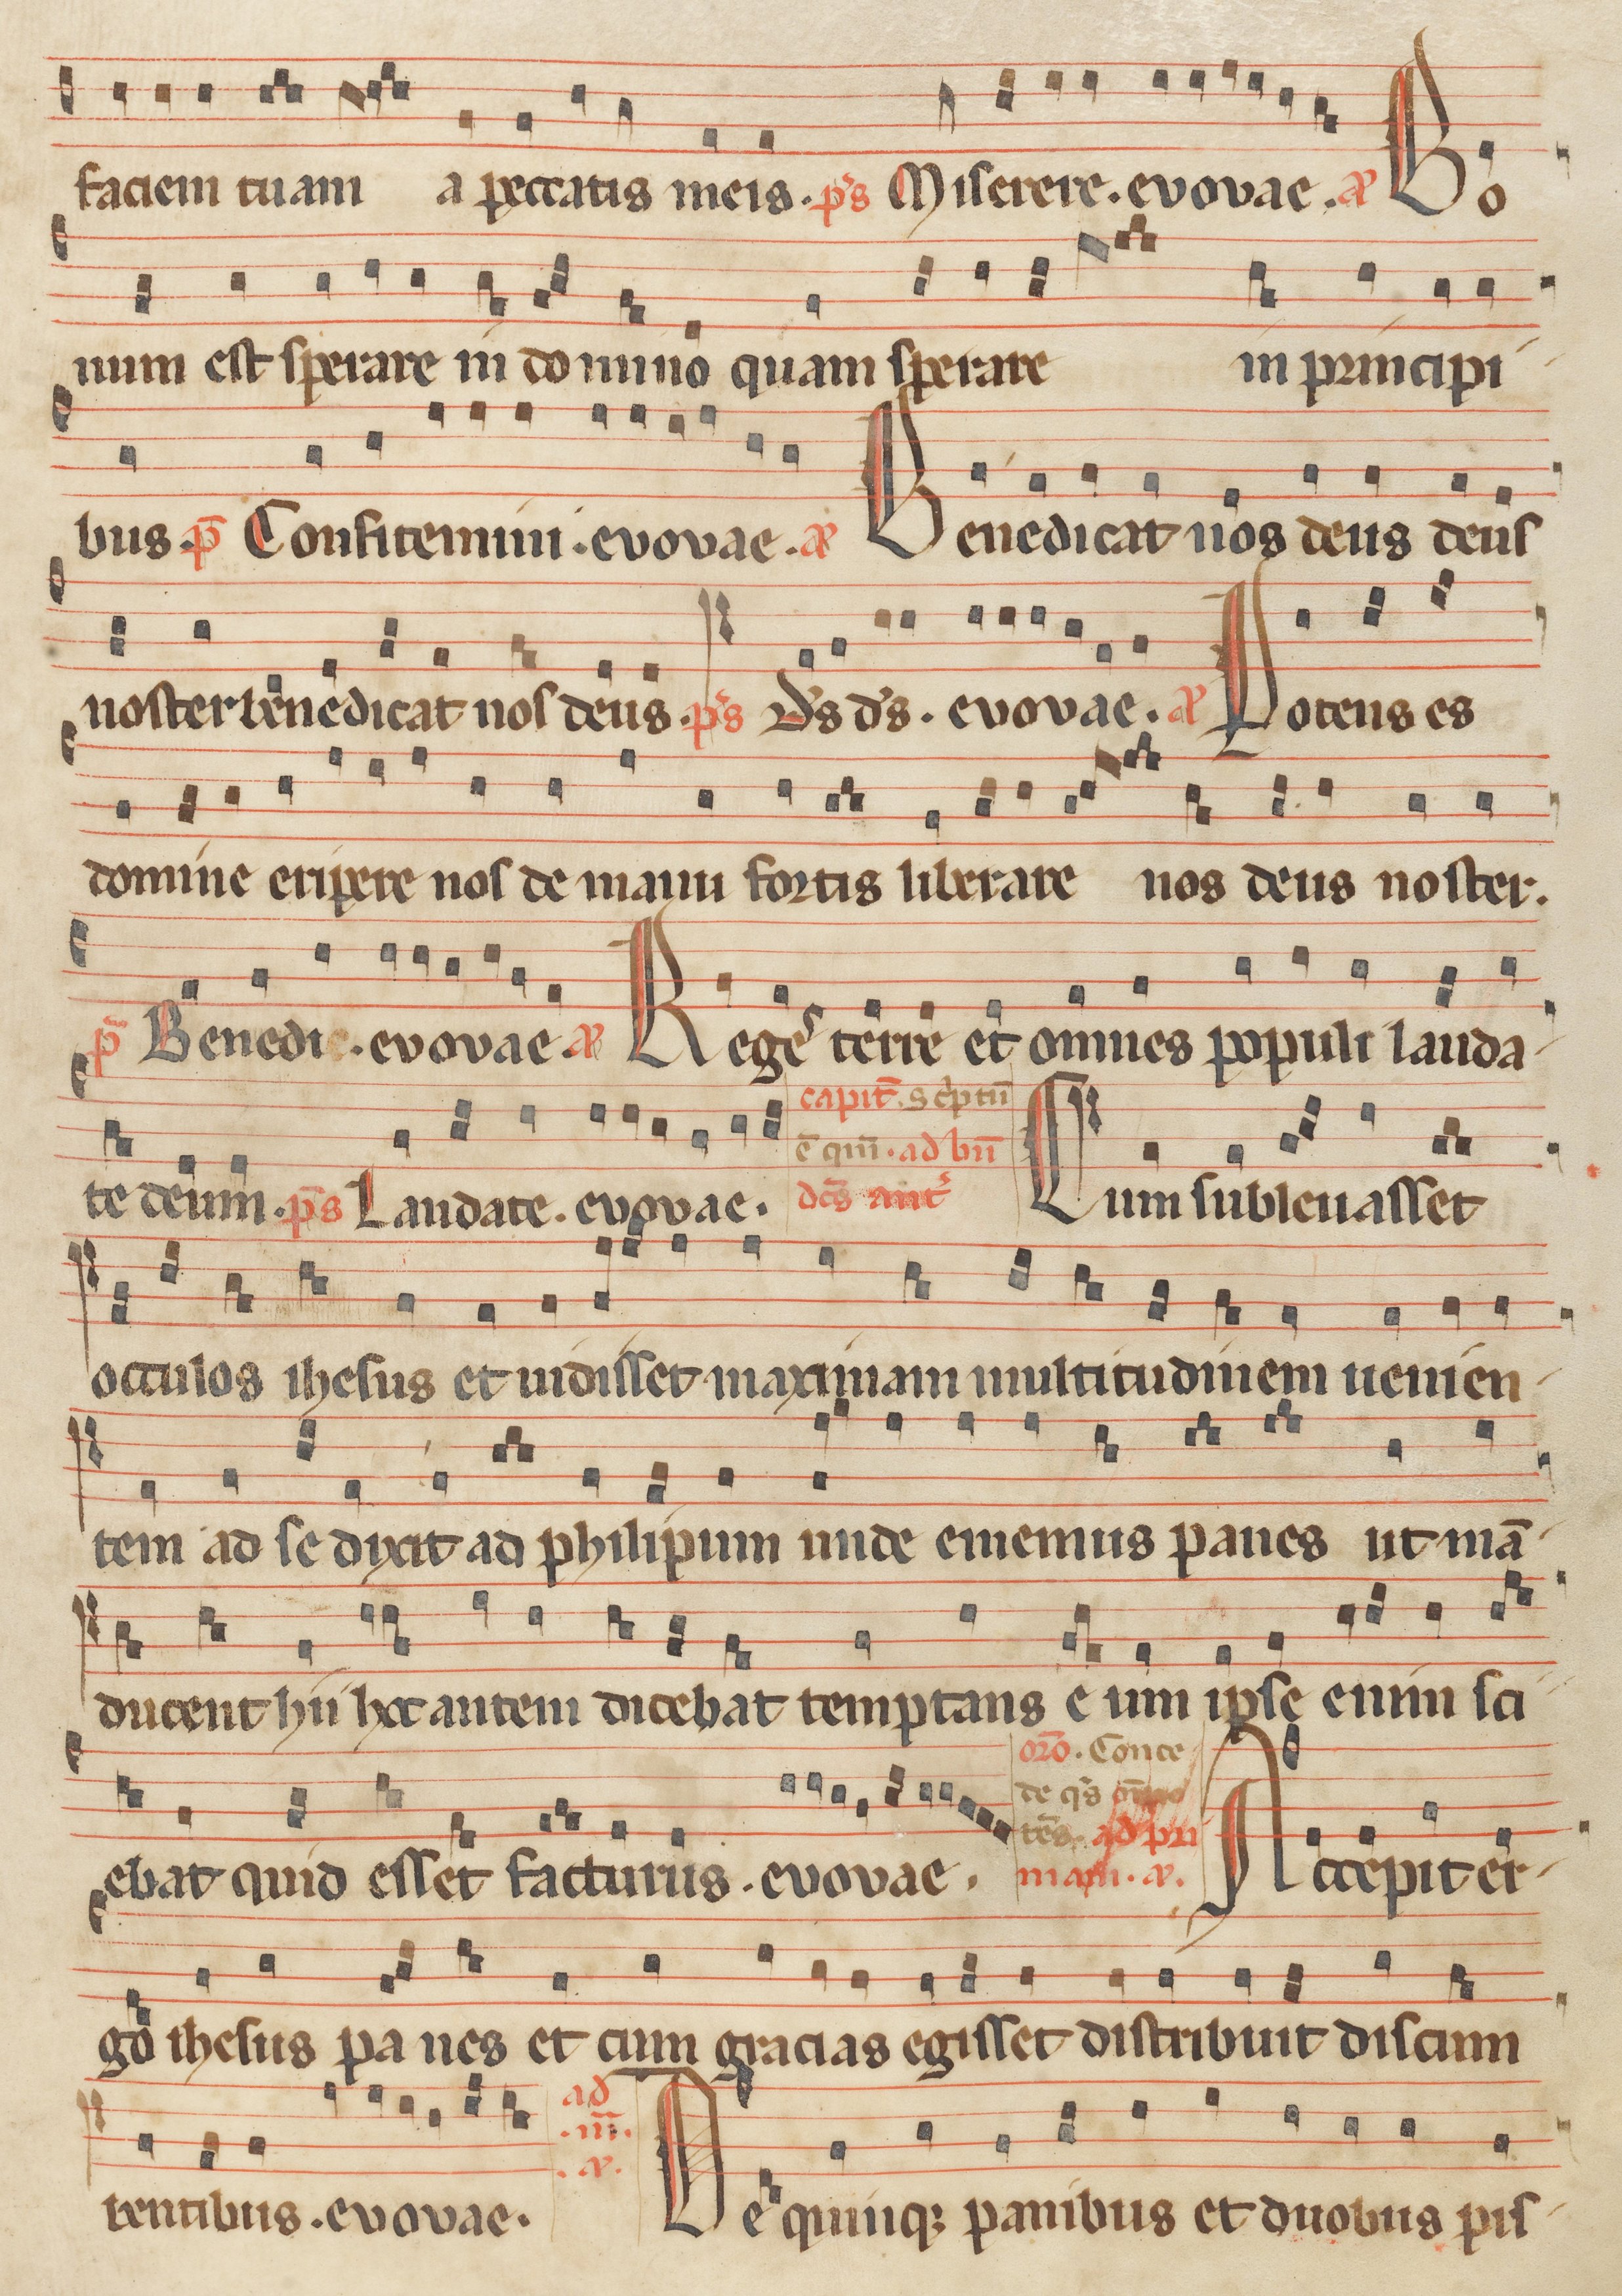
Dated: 1260–1315